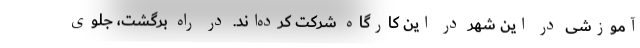
آموزشی در این شهر در این کارگاه شرکت کرده‌اند. در راه برگشت، جلوی